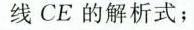
线CE的解析式；